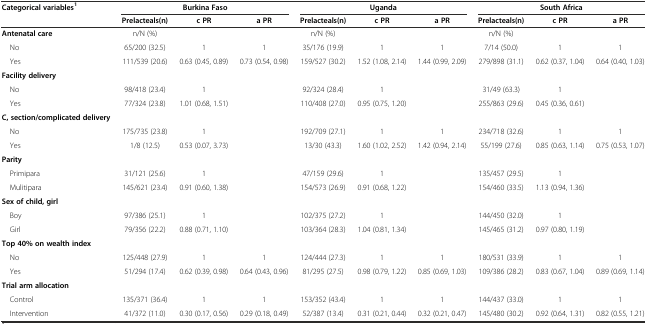
<table><thead><tr><td><b>Categorical variables<sup>1</sup></b></td><td colspan="3"><b>Burkina Faso</b></td><td colspan="3"><b>Uganda</b></td><td colspan="3"><b>South Africa</b></td></tr><tr><td></td><td><b>Prelacteals(n)</b></td><td><b>c PR</b></td><td><b>a PR</b></td><td><b>Prelacteals(n)</b></td><td><b>c PR</b></td><td><b>a PR</b></td><td><b>Prelacteals(n)</b></td><td><b>c PR</b></td><td><b>a PR</b></td></tr></thead><tbody><tr><td><b>Antenatal care</b></td><td>n/N (%)</td><td></td><td></td><td>n/N (%)</td><td></td><td></td><td>n/N (%)</td><td></td><td></td></tr><tr><td> No</td><td>65/200 (32.5)</td><td>1</td><td>1</td><td>35/176 (19.9)</td><td>1</td><td>1</td><td>7/14 (50.0)</td><td>1</td><td>1</td></tr><tr><td> Yes</td><td>111/539 (20.6)</td><td>0.63 (0.45, 0.89)</td><td>0.73 (0.54, 0.98)</td><td>159/527 (30.2)</td><td>1.52 (1.08, 2.14)</td><td>1.44 (0.99, 2.09)</td><td>279/898 (31.1)</td><td>0.62 (0.37, 1.04)</td><td>0.64 (0.40, 1.03)</td></tr><tr><td><b>Facility delivery</b></td><td></td><td></td><td></td><td></td><td></td><td></td><td></td><td></td><td></td></tr><tr><td> No</td><td>98/418 (23.4)</td><td>1</td><td></td><td>92/324 (28.4)</td><td>1</td><td></td><td>31/49 (63.3)</td><td>1</td><td></td></tr><tr><td> Yes</td><td>77/324 (23.8)</td><td>1.01 (0.68, 1.51)</td><td></td><td>110/408 (27.0)</td><td>0.95 (0.75, 1.20)</td><td></td><td>255/863 (29.6)</td><td>0.45 (0.36, 0.61)</td><td></td></tr><tr><td><b>C, section/complicated delivery</b></td><td></td><td></td><td></td><td></td><td></td><td></td><td></td><td></td><td></td></tr><tr><td> No</td><td>175/735 (23.8)</td><td>1</td><td></td><td>192/709 (27.1)</td><td>1</td><td>1</td><td>234/718 (32.6)</td><td>1</td><td>1</td></tr><tr><td> Yes</td><td>1/8 (12.5)</td><td>0.53 (0.07, 3.73)</td><td></td><td>13/30 (43.3)</td><td>1.60 (1.02, 2.52)</td><td>1.42 (0.94, 2.14)</td><td>55/199 (27.6)</td><td>0.85 (0.63, 1.14)</td><td>0.75 (0.53, 1.07)</td></tr><tr><td><b>Parity</b></td><td></td><td></td><td></td><td></td><td></td><td></td><td></td><td></td><td></td></tr><tr><td> Primipara</td><td>31/121 (25.6)</td><td>1</td><td></td><td>47/159 (29.6)</td><td>1</td><td></td><td>135/457 (29.5)</td><td>1</td><td></td></tr><tr><td> Mulitipara</td><td>145/621 (23.4)</td><td>0.91 (0.60, 1.38)</td><td></td><td>154/573 (26.9)</td><td>0.91 (0.68, 1.22)</td><td></td><td>154/460 (33.5)</td><td>1.13 (0.94, 1.36)</td><td></td></tr><tr><td><b>Sex of child, girl</b></td><td></td><td></td><td></td><td></td><td></td><td></td><td></td><td></td><td></td></tr><tr><td> Boy</td><td>97/386 (25.1)</td><td>1</td><td></td><td>102/375 (27.2)</td><td>1</td><td></td><td>144/450 (32.0)</td><td>1</td><td></td></tr><tr><td> Girl</td><td>79/356 (22.2)</td><td>0.88 (0.71, 1.10)</td><td></td><td>103/364 (28.3)</td><td>1.04 (0.81, 1.34)</td><td></td><td>145/465 (31.2)</td><td>0.97 (0.80, 1.19)</td><td></td></tr><tr><td><b>Top 40% on wealth index</b></td><td></td><td></td><td></td><td></td><td></td><td></td><td></td><td></td><td></td></tr><tr><td> No</td><td>125/448 (27.9)</td><td>1</td><td>1</td><td>124/444 (27.3)</td><td>1</td><td>1</td><td>180/531 (33.9)</td><td>1</td><td>1</td></tr><tr><td> Yes</td><td>51/294 (17.4)</td><td>0.62 (0.39, 0.98)</td><td>0.64 (0.43, 0.96)</td><td>81/295 (27.5)</td><td>0.98 (0.79, 1.22)</td><td>0.85 (0.69, 1.03)</td><td>109/386 (28.2)</td><td>0.83 (0.67, 1.04)</td><td>0.89 (0.69, 1.14)</td></tr><tr><td><b>Trial arm allocation</b></td><td></td><td></td><td></td><td></td><td></td><td></td><td></td><td></td><td></td></tr><tr><td> Control</td><td>135/371 (36.4)</td><td>1</td><td>1</td><td>153/352 (43.4)</td><td>1</td><td>1</td><td>144/437 (33.0)</td><td>1</td><td>1</td></tr><tr><td> Intervention</td><td>41/372 (11.0)</td><td>0.30 (0.17, 0.56)</td><td>0.29 (0.18, 0.49)</td><td>52/387 (13.4)</td><td>0.31 (0.21, 0.44)</td><td>0.32 (0.21, 0.47)</td><td>145/480 (30.2)</td><td>0.92 (0.64, 1.31)</td><td>0.82 (0.55, 1.21)</td></tr></tbody></table>